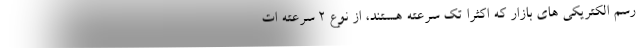
رسم الکتریکی های بازار که اکثرا تک سرعته هستند، از نوع 2 سرعته ات